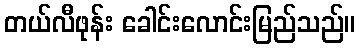
တယ်လီဖုန်း ခေါင်းလောင်းမြည်သည်။